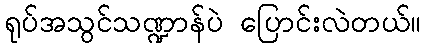
ရုပ်အသွင်သဏ္ဍာန်ပဲ ပြောင်းလဲတယ်။